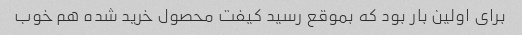
برای اولین بار بود که بموقع رسید کیفت محصول خرید شده هم خوب